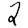
Digit: 2